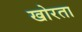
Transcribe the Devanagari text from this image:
खोरता